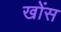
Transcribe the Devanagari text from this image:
खोंस